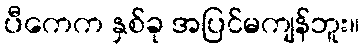
ပီကေက နှစ်ခု အပြင်မကျန်ဘူး။